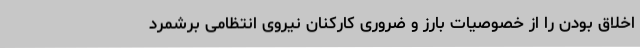
اخلاق بودن را از خصوصیات بارز و ضروری کارکنان نیروی انتظامی برشمرد